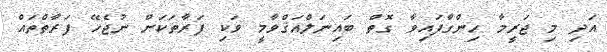
އަދި މި ޖަރީމާ ހިންގާފައިވާ ގޮތް ބައިނަލްއަޤްވާމީ ވަކި ފަރާތަކަށް ނުޖެހޭ ފަރާތްތައް